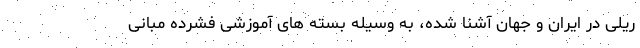
ریلی در ایران و جهان آشنا شده، به وسیله بسته‌ های آموزشی فشرده مبانی